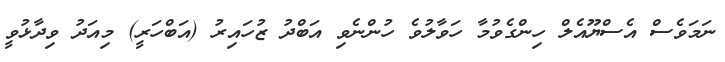
ނަމަވެސް އެސްޔޫއެލް ހިންގެވުމާ ހަވާލުވެ ހުންނެވި އަބްދު ޒުހައިރު (އަބްހަރީ) މިއަދު ވިދާޅުވީ